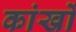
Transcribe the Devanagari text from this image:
कांखों